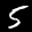
Label: 5